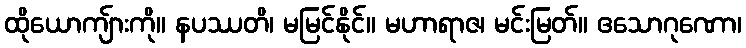
ထိုယောကျ်ားကို။ နပဿတိ၊ မမြင်နိုင်။ မဟာရာဇ၊ မင်းမြတ်။ ဧသောဂုဏော၊